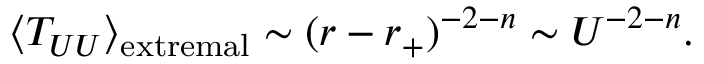
\langle T _ { U U } \rangle _ { \mathrm { e x t r e m a l } } \sim ( r - r _ { + } ) ^ { - 2 - n } \sim U ^ { - 2 - n } .